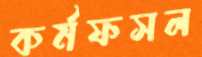
কর্মফসল